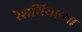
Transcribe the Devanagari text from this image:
रेशमियाच्या